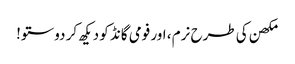
مکھن کی طرح نرم ، اور فومی گانڈ کو دیکھ کر دوستو!